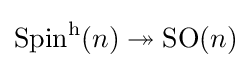
\operatorname {Spin} ^{\mathrm {h} }(n)\twoheadrightarrow \operatorname {SO} (n)